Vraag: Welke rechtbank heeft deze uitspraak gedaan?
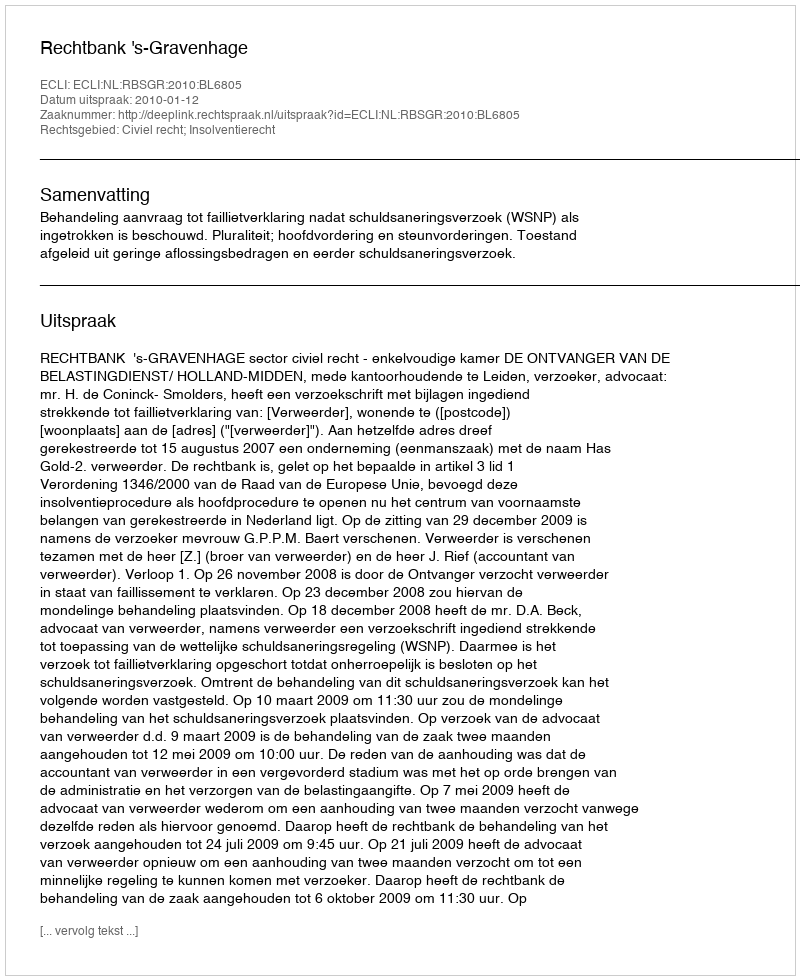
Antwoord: Rechtbank 's-Gravenhage